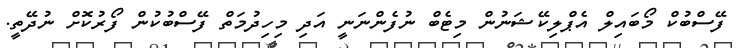
ފޭސްބުކް މޯބައިލް އެޕްލިކޭޝަނުން މިޓެބް ނުފެންނަނީ އަދި މިހިދުމަތް ފޭސްބުކުން ފޯރުކޮށް ނުދޭތީ.